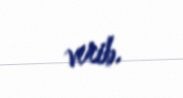
verib.